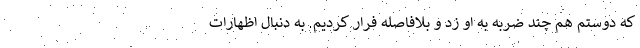
که دوستم هم چند ضربه به او زد و بلافاصله فرار کردیم. به دنبال اظهارات